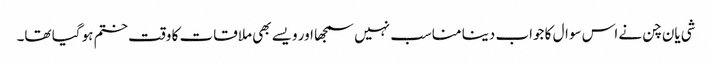
شی یان چن نے اس سوال کا جواب دینا مناسب نہیں سمجھا اور ویسے بھی ملاقات کا وقت ختم ہو گیا تھا۔